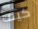
كيف